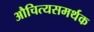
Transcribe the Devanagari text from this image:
औचित्यसमर्थक